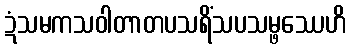
ဍံသမကသဝါတာတပသရိံသပသမ္ဖဿေဟိ